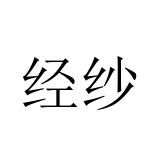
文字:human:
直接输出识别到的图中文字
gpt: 经纱